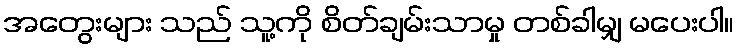
အတွေးများ သည် သူ့ကို စိတ်ချမ်းသာမှု တစ်ခါမျှ မပေးပါ။